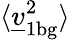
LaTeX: \langle\underline{{v}}_{1\mathrm{bg}}^{2}\rangle